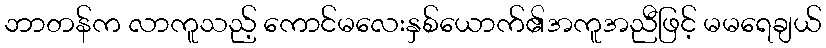
ဘာတန်က လာကူသည့် ကောင်မလေးနှစ်ယောက်၏အကူအညီဖြင့် မမရေချယ်